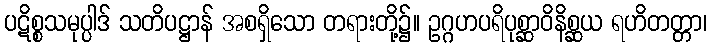
ပဋိစ္စသမုပ္ပါဒ် သတိပဋ္ဌာန် အစရှိသော တရားတို့၌။ ဥဂ္ဂဟပရိပုစ္ဆာဝိနိစ္ဆယ ရဟိတတ္တာ၊